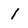
Character: l